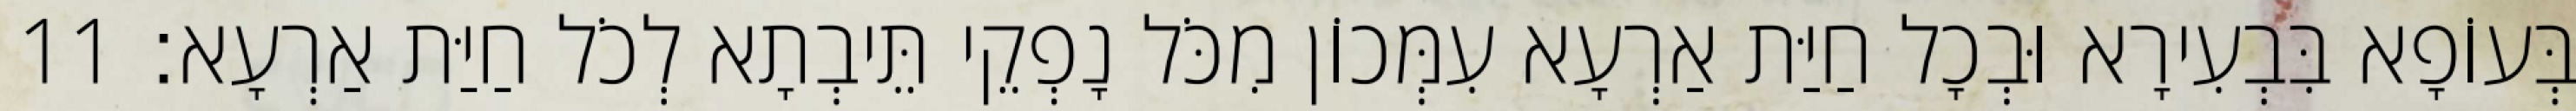
בְּעוֹפָא בִּבְעִירָא וּבְכָל חַיַּת אַרְעָא עִמְּכוֹן מִכֹּל נָפְקֵי תֵּיבְתָא לְכֹל חַיַּת אַרְעָא׃ 11